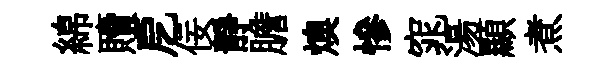
綿贖戹佞靜膽燠慘窕湯顯煮